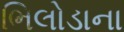
ભિલોડાના